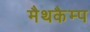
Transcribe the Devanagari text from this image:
मैथकैम्प